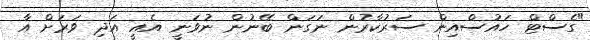
"ގެސްޓް ހައުސްއިން ސަރުކާރުން ނަގަން ބޭނުން ނުވަނީ އެއީ އަދި ވަރަށް އާ